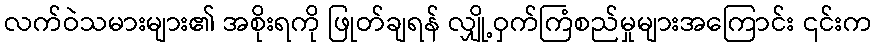
လက်ဝဲသမားများ၏ အစိုးရကို ဖြုတ်ချရန် လျှို့ဝှက်ကြံစည်မှုများအကြောင်း ၎င်းက